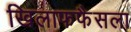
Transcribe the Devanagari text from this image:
खिलाफफैसला